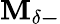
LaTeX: \mathbf{M_{\delta-}}